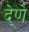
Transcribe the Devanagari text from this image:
दे्णे